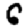
Digit: 6